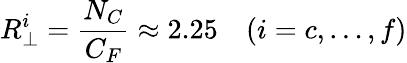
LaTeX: R_{\perp}^{i}=\frac{N_{C}}{C_{F}}\approx 2.25\quad(i=c,\dots,f)